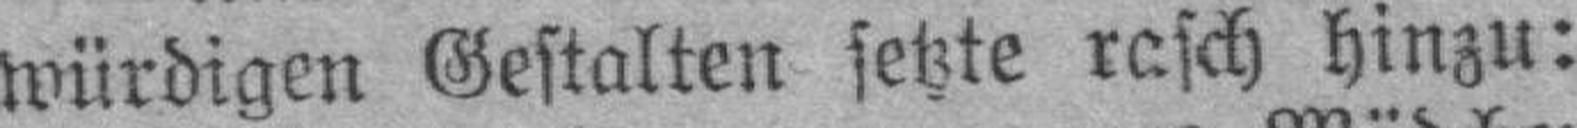
würdigen Gestalten setzte rasch hinzu: